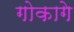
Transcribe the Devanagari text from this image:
गोकागे